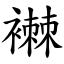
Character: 襋